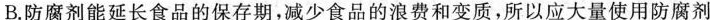
B.防腐剂能延长食品的保存期，减少食品的浪费和变质，所以应大量使用防腐剂